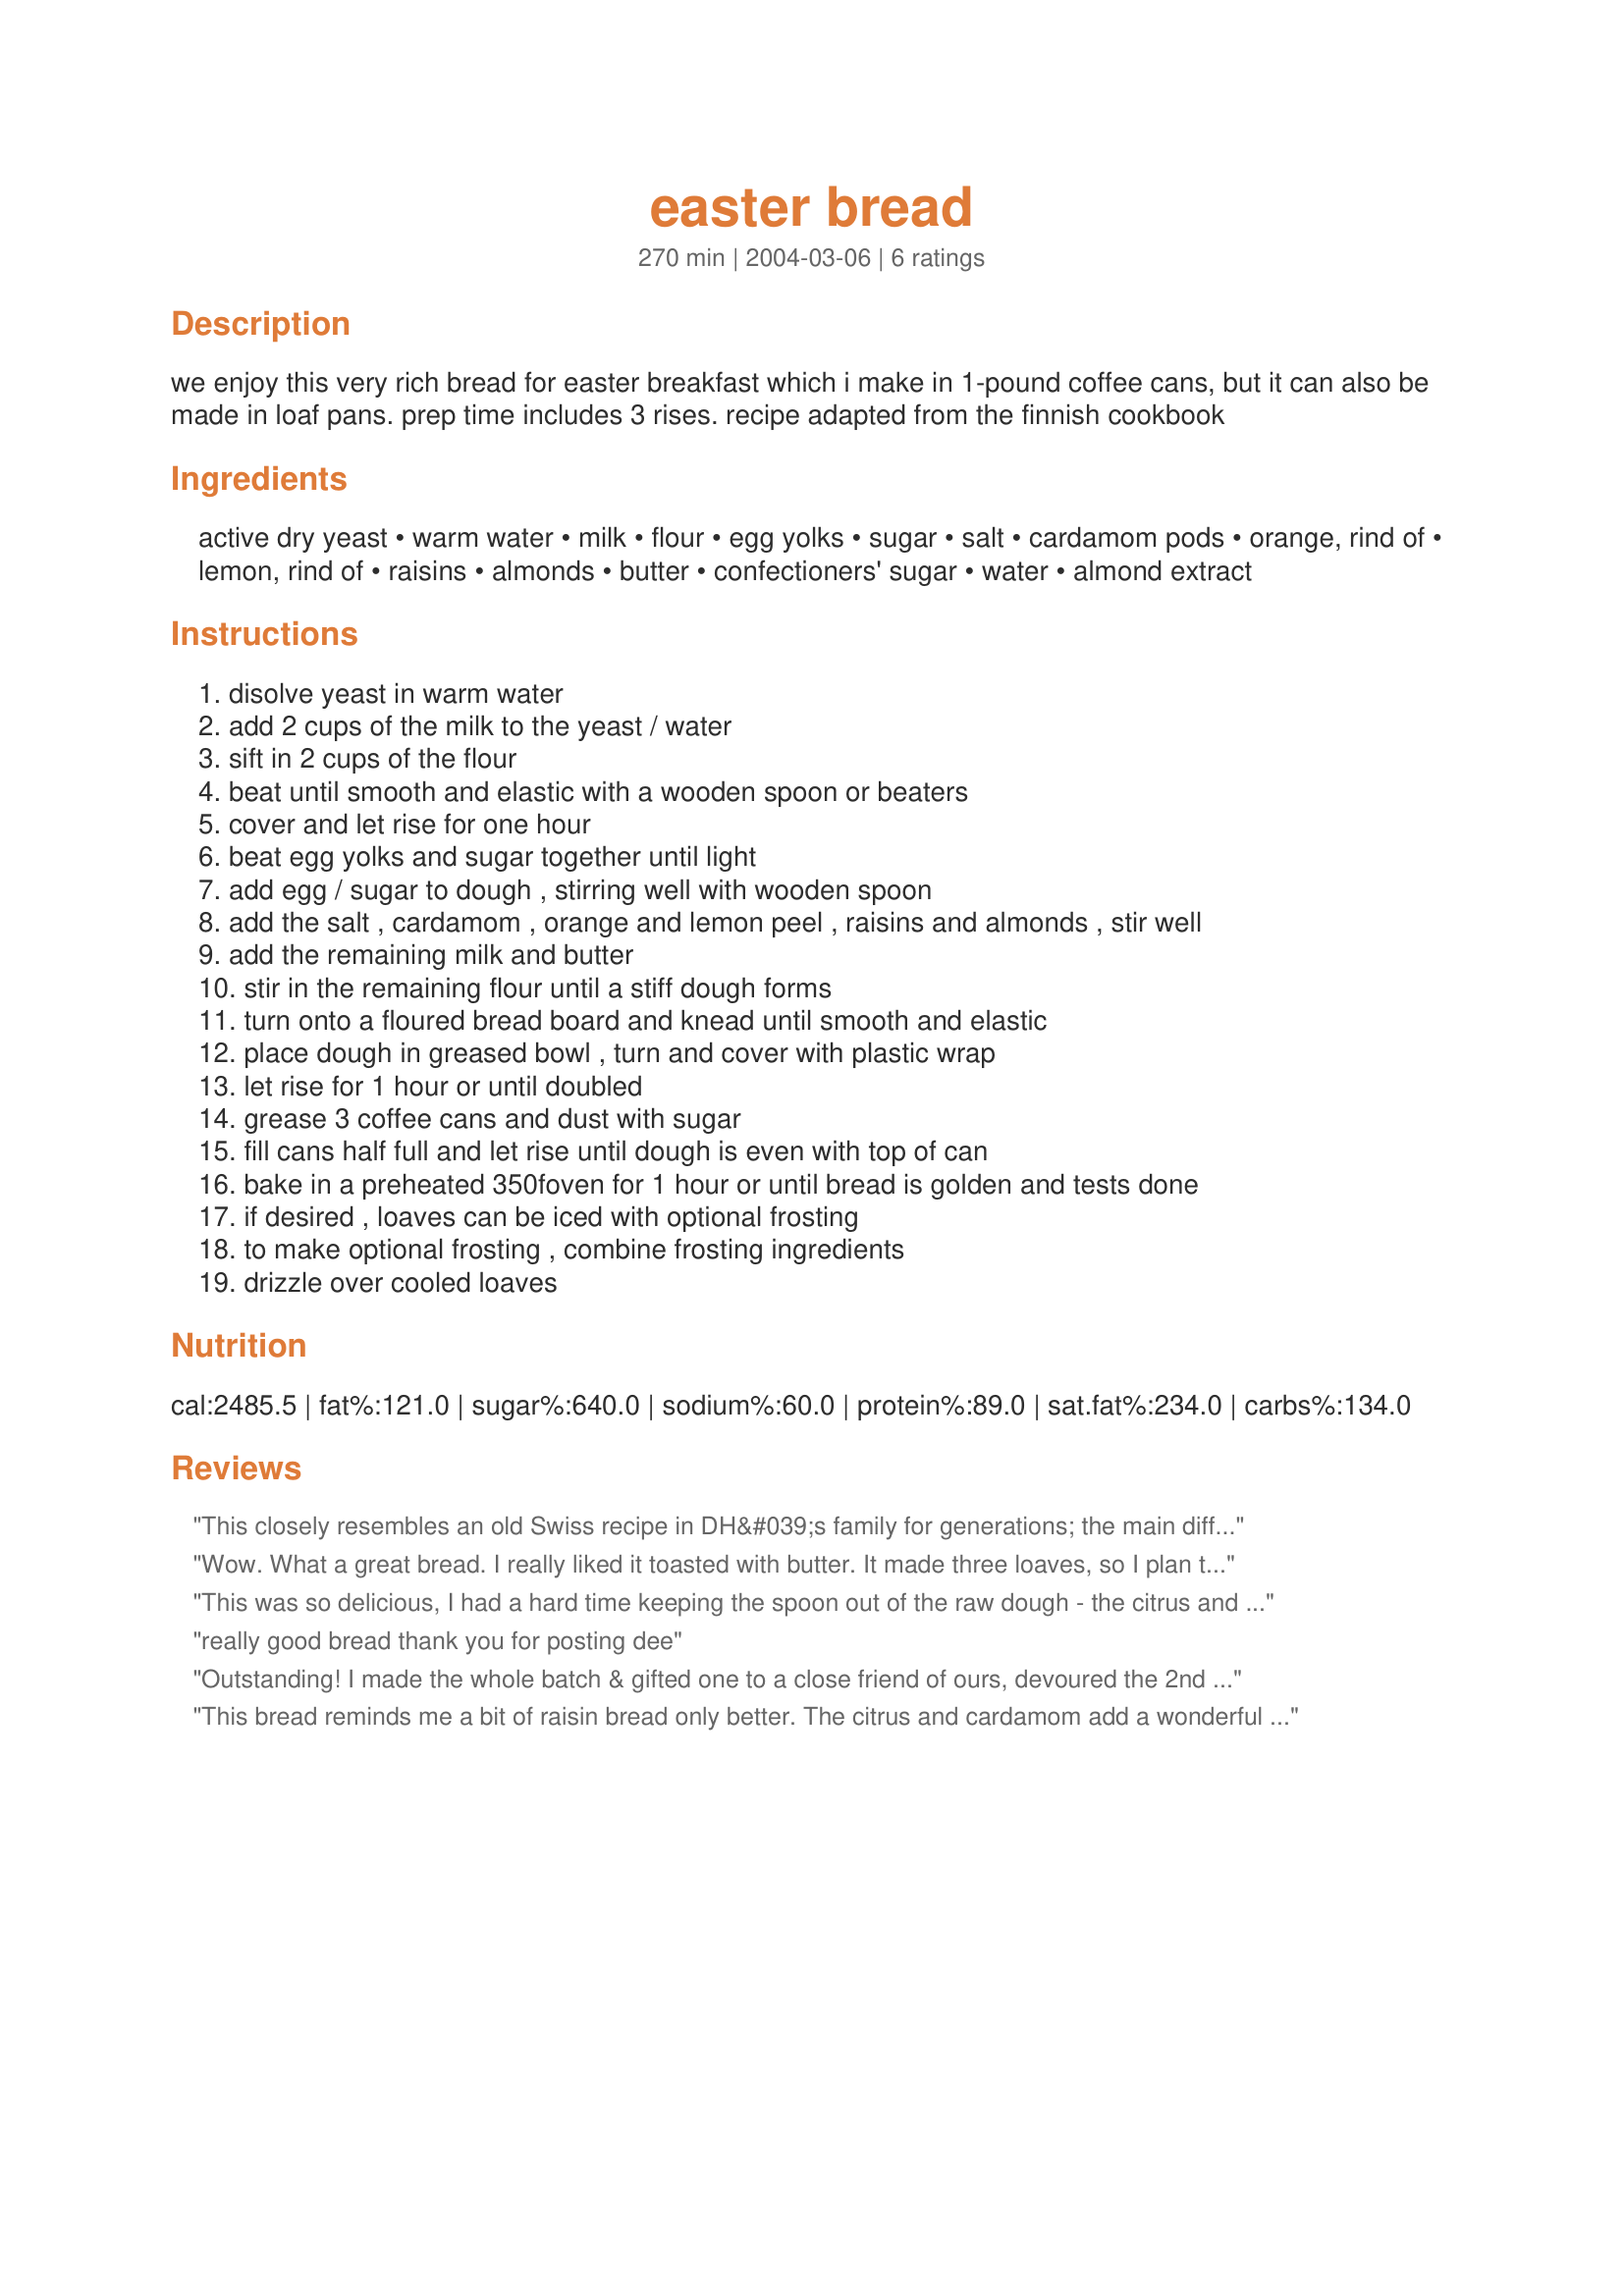
easter bread
Preparation time: 270 minutes

we enjoy this very rich bread for easter breakfast which i make in 1-pound coffee cans, but it can also be made in loaf pans. prep time includes 3 rises. recipe adapted from the finnish cookbook

Ingredients:
active dry yeast, warm water, milk, flour, egg yolks, sugar, salt, cardamom pods, orange, rind of, lemon, rind of, raisins, almonds, butter, confectioners' sugar, water, almond extract

Steps:
disolve yeast in warm water
add 2 cups of the milk to the yeast / water
sift in 2 cups of the flour
beat until smooth and elastic with a wooden spoon or beaters
cover and let rise for one hour
beat egg yolks and sugar together until light
add egg / sugar to dough , stirring well with wooden spoon
add the salt , cardamom , orange and lemon peel , raisins and almonds , stir well
add the remaining milk and butter
stir in the remaining flour until a stiff dough forms
turn onto a floured bread board and knead until smooth and elastic
place dough in greased bowl , turn and cover with plastic wrap
let rise for 1 hour or until doubled
grease 3 coffee cans and dust with sugar
fill cans half full and let rise until dough is even with top of can
bake in a preheated 350foven for 1 hour or until bread is golden and tests done
if desired , loaves can be iced with optional frosting
to make optional frosting , combine frosting ingredients
drizzle over cooled loaves

Reviews:
This closely resembles an old Swiss recipe in DH&#039;s family for generations; the main difference being cardamom, plus the icing in place of cinnamon sugar crust. Cardamom works nicely with the citrus. We didn&#039;t have coffee cans, but baked it on pie plates as we do with ours; baking time was shorter, about 40 minutes, result fabulous. Light in texture, very sweet, very popular in our house. Revised review because we made it again: second time, DH had our new 5-quart K mixer do all the work, which resulted in lighter dough and a higher rise, but also still required some hand kneading. We also doubled the raisins and topped it differently, brushing the top with melted butter and sprinkling with cinnamon sugar, resulting in a close match to DH&#039;s childhood favorite. We love this and will make it often!
Wow. What a great bread. I really liked it toasted with butter. It made three loaves, so I plan to freeze one and hope to try the optional icing on it. Made as directed, except I didn't add the optional almonds and didn't make the optional icing. Tip: this is the first time I used so much flour in one recipe! So to help keep track, I made a tick mark on the recipe for every cup I added. Thanks, Ellie! Made for Please Review My Recipe Tag.
This was so delicious, I had a hard time keeping the spoon out of the raw dough - the citrus and cardamon work beautifully together. I made roughly half the recipe and it made two modest loaves. If you are having trouble finding cardamon, check out stores selling Indian and Asian goods. It was also at a much better price.
really good bread thank you for posting dee
Outstanding! I made the whole batch & gifted one to a close friend of ours, devoured the 2nd loaf & now we're slowly working our way through the 3rd one! We thoroughly enjoyed the citrus flavor here & will be making these again! Thanks for sharing the recipe! [Tagged & made in Please Review My Recipe]
This bread reminds me a bit of raisin bread only better. The citrus and cardamom add a wonderful flavor to these loaves. I didn't have any coffee cans so I used a loaf pan for 1/3 of the dough and a bundt pan for the remainder. I didn't bother to ice the loaves,increased the quantity of raisins and omitted the almonds although I think they'd be a very nice addition. Made for PRMR Tag.
